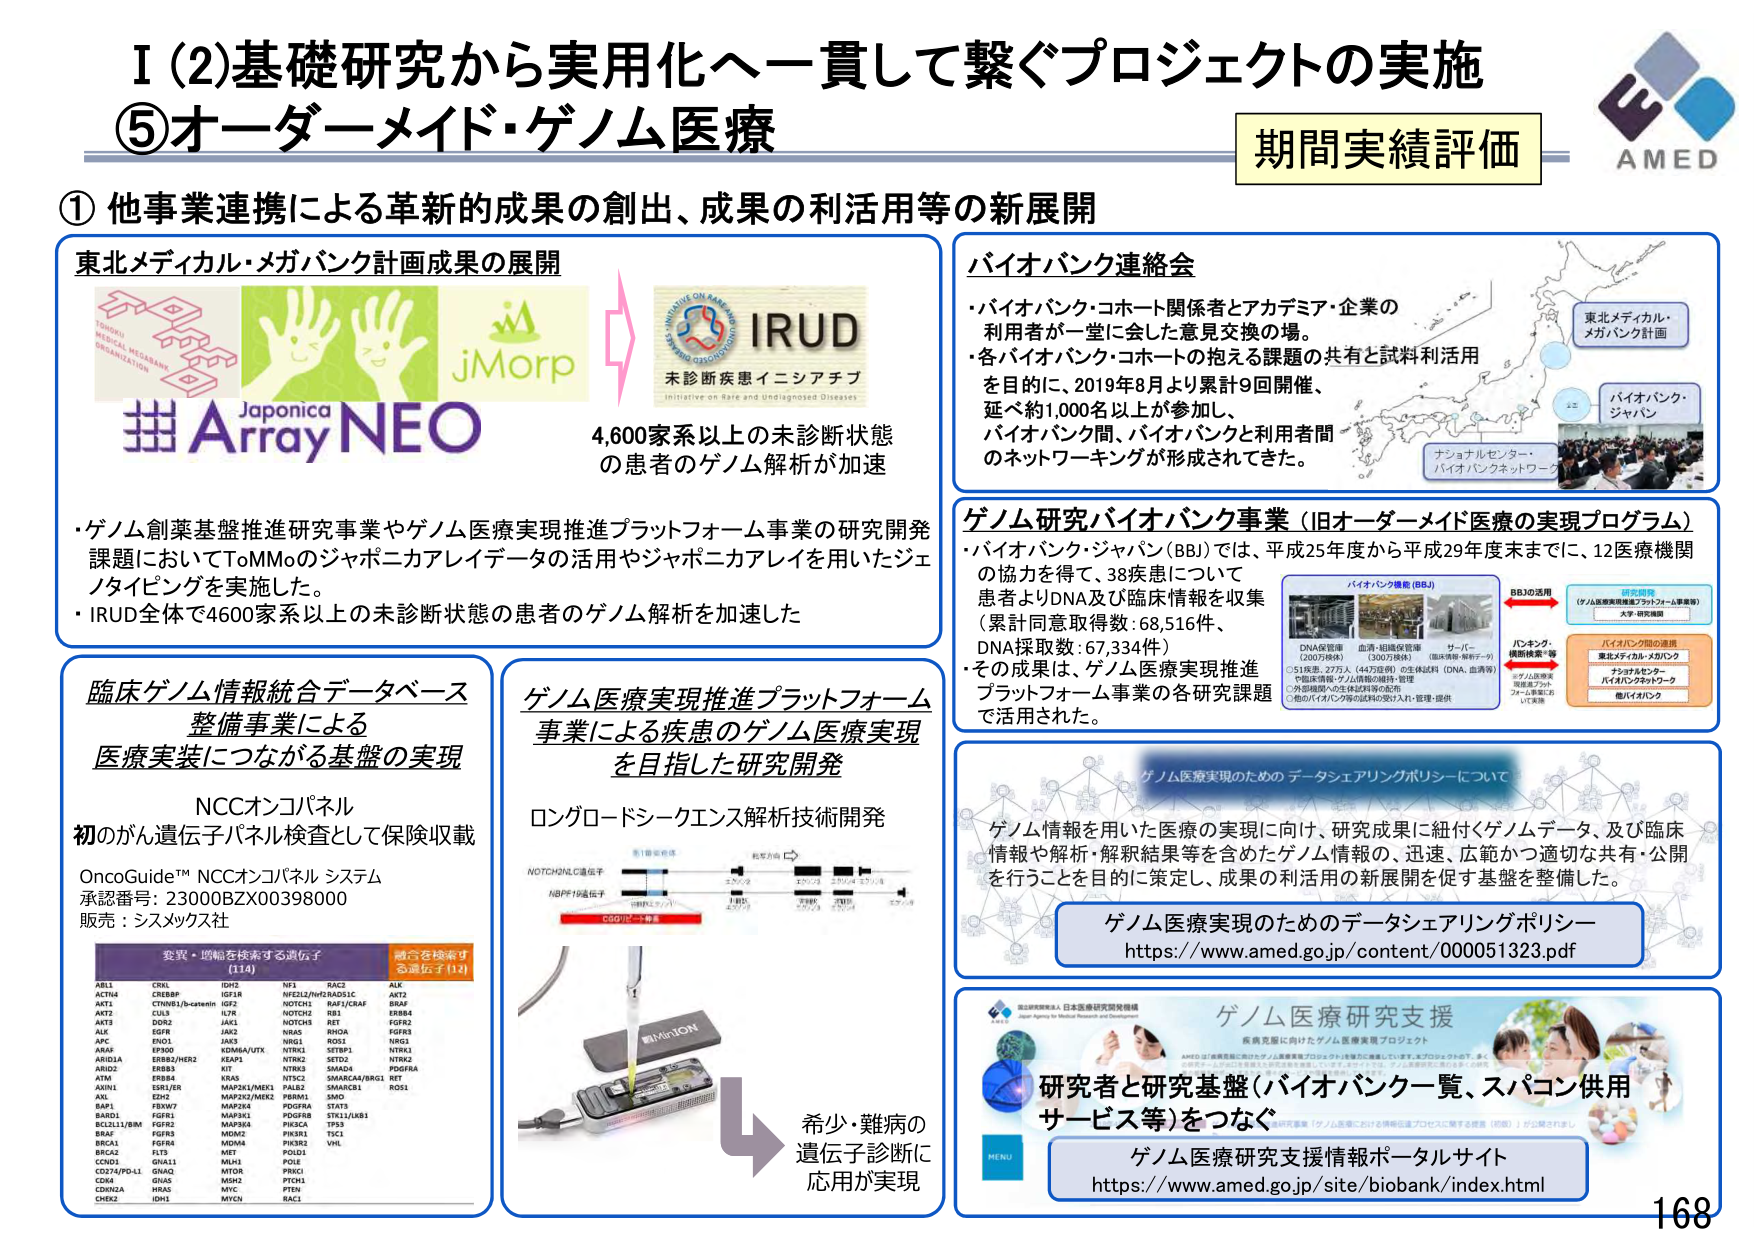
I (2) 基礎研究から実用化へ一貫して繋ぐプロジェクトの実施
⑤ オーダーメイド・ゲノム医療

期間実績評価

① 他事業連携による革新的成果の創出、成果の利活用等の新展開

東北メディカル・メガバンク計画成果の展開
Japonica Array NEO
jMorp
IRUD
未診断疾患イニシアチブ
Initiative on Rare and Undiagnosed Diseases
4,600家系以上の未診断状態の患者のゲノム解析が加速

・ゲノム創薬基盤推進研究事業やゲノム医療実現推進プラットフォーム事業の研究開発課題においてToMMoのジャポニカアレイデータの活用やジャポニカアレイを用いたジェノタイピングを実施した。
・IRUD全体で4600家系以上の未診断状態の患者のゲノム解析を加速した

バイオバンク連絡会
・バイオバンク・コホート関係者とアカデミア・企業の利用者が一堂に会した意見交換の場。
・各バイオバンク・コホートの抱える課題の共有と試料利活用を目的に、2019年8月より累計9回開催、延べ約1,000名以上が参加し、バイオバンク間、バイオバンクと利用者間のネットワーキングが形成されてきた。

東北メディカル・メガバンク計画
バイオバンク・ジャパン
ナショナルセンター・バイオバンクネットワーク

ゲノム研究バイオバンク事業（旧オーダーメイド医療の実現プログラム）
・バイオバンク・ジャパン（BBJ）では、平成25年度から平成29年度末までに、12医療機関の協力を得て、38疾患について患者よりDNA及び臨床情報を収集（累計同意取得数：68,516件、DNA採取数：67,334件）
・その成果は、ゲノム医療実現推進プラットフォーム事業の各研究課題で活用された。

バイオバンク機能（BBJ）
DNA保管庫（200万検体）
血液・組織保管庫（300万検体）
サーバー（臨床情報・解析データ）
○51疾患：27万人（43万検体）の生体試料（DNA、血液等）
○特定疾患・ゲノム情報の解析・管理
○外部機関への生体試料等の配布
○他のバイオバンク等の試料の受け入れ・管理・提供

研究開発（ゲノム医療実現推進プラットフォーム事業等）
大学・研究機関

バンキング・横断検索等
東北メディカル・メガバンク
ナショナルセンター
バイオバンクネットワーク
他バイオバンク

臨床ゲノム情報統合データベース整備事業による
医療実装につながる基盤の実現

NCCオンコパネル
初のがん遺伝子パネル検査として保険収載
OncoGuide™ NCCオンコパネル システム
承認番号：23000BZX00398000
販売：シスメックス社

変異・増幅を検索する遺伝子（114）
ABL1 CRKL IDH2 NF1 RAC2 ALK
ACTN4 CREBBP IGF1R NFE2L2/NM23ADSLC AKT2
AKT2 CTNNB1/b-catenin IGFR2 NOTCH1 RAF1/CRAB BRAP
CUL3 CUL3 L7R NOTCH2 RBL ERBB4
AKT3 DOR2 JAK1 NOTCH3 RET FGFR2
ALK EGFR JAK2 NRAS BRCAl FGFR3
APC EHO1 JAK3 NRG1 ROS1 NRGL
ARAF EP300 KDM6A/UTX NTRK1 SETBP1 NTRK1
ARID1A ERBB2/HER2 KEAP1 NTRK2 SETD2 NTRK2
ARID2 ERBB3 KIT NTRK3 SMAD4 PDGFRA
ATM ERBB4 KRAS NT5C1 SMARCA4/BRG1 RET
AXIN1 ESR1/ER MAP2K1/MEX1 PALB2 SMARCB1 ROS1
AXL EZH2 MAP2K2/MERK PBRM1 SMO
BAP1 FBXW7 MAP2K4 PDGFRA STAT3
BARD1 FGFRI MAP3K1 PDGFRB STK11/LKB1
BCL2L11/BIM FGFRI MAP3K3 PIK3CA TP53
BRAF FGFRI3 MDM2 PIK3R1 TSC1
BRCA1 FGFRA MDM4 PIK3R2 VHL
BRCA2 FLT3 MET POLD1
CCND1 GNA11 MLH1 POLR
CD274/PO-L1 GNAQ MITOR PTKC1
CDK4 GNAS MSH2 PTCH1
CDKN2A HRAS MYC PTEN
CHEK2 IDH1 MYCN RAC1

ゲノム医療実現推進プラットフォーム事業による疾患のゲノム医療実現を目指した研究開発

ロングリードシーケンス解析技術開発
NOTCHNL1遺伝子
NBPFI遺伝子
CG072-1検体
MINION

希少・難病の遺伝子診断に応用が実現

ゲノム医療実現のためのデータシェアリングポリシーについて
ゲノム情報を用いた医療の実現に向け、研究成果に紐づくゲノムデータ、及び臨床情報や解析・解釈結果等を含めたゲノム情報の、迅速、広範かつ適切な共有・公開を行うことを目的に策定し、成果の利活用の新展開を促す基盤を整備した。

ゲノム医療実現のためのデータシェアリングポリシー
https://www.amed.go.jp/content/000051323.pdf

研究者と研究基盤（バイオバンカー覧、スパコン供用サービス等）をつなぐ
ゲノム医療研究支援情報ポータルサイト
https://www.amed.go.jp/site/biobank/index.html

AMED
168